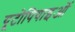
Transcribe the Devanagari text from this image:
यूटोपियाइओं